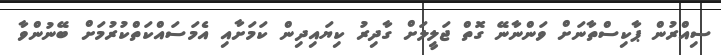
ސިއްރުން ޕާކިސްތާނަށް ވަންނާނޭ ގޮތް ޖަލީލަށް ގާދިރު ކިޔައިދިން ކަމަށާއި އެމަސައްކަތްކުރުމަށް ބޭނުންވާ